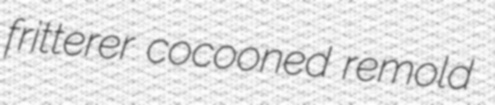
fritterer cocooned remold